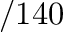
/ 1 4 0